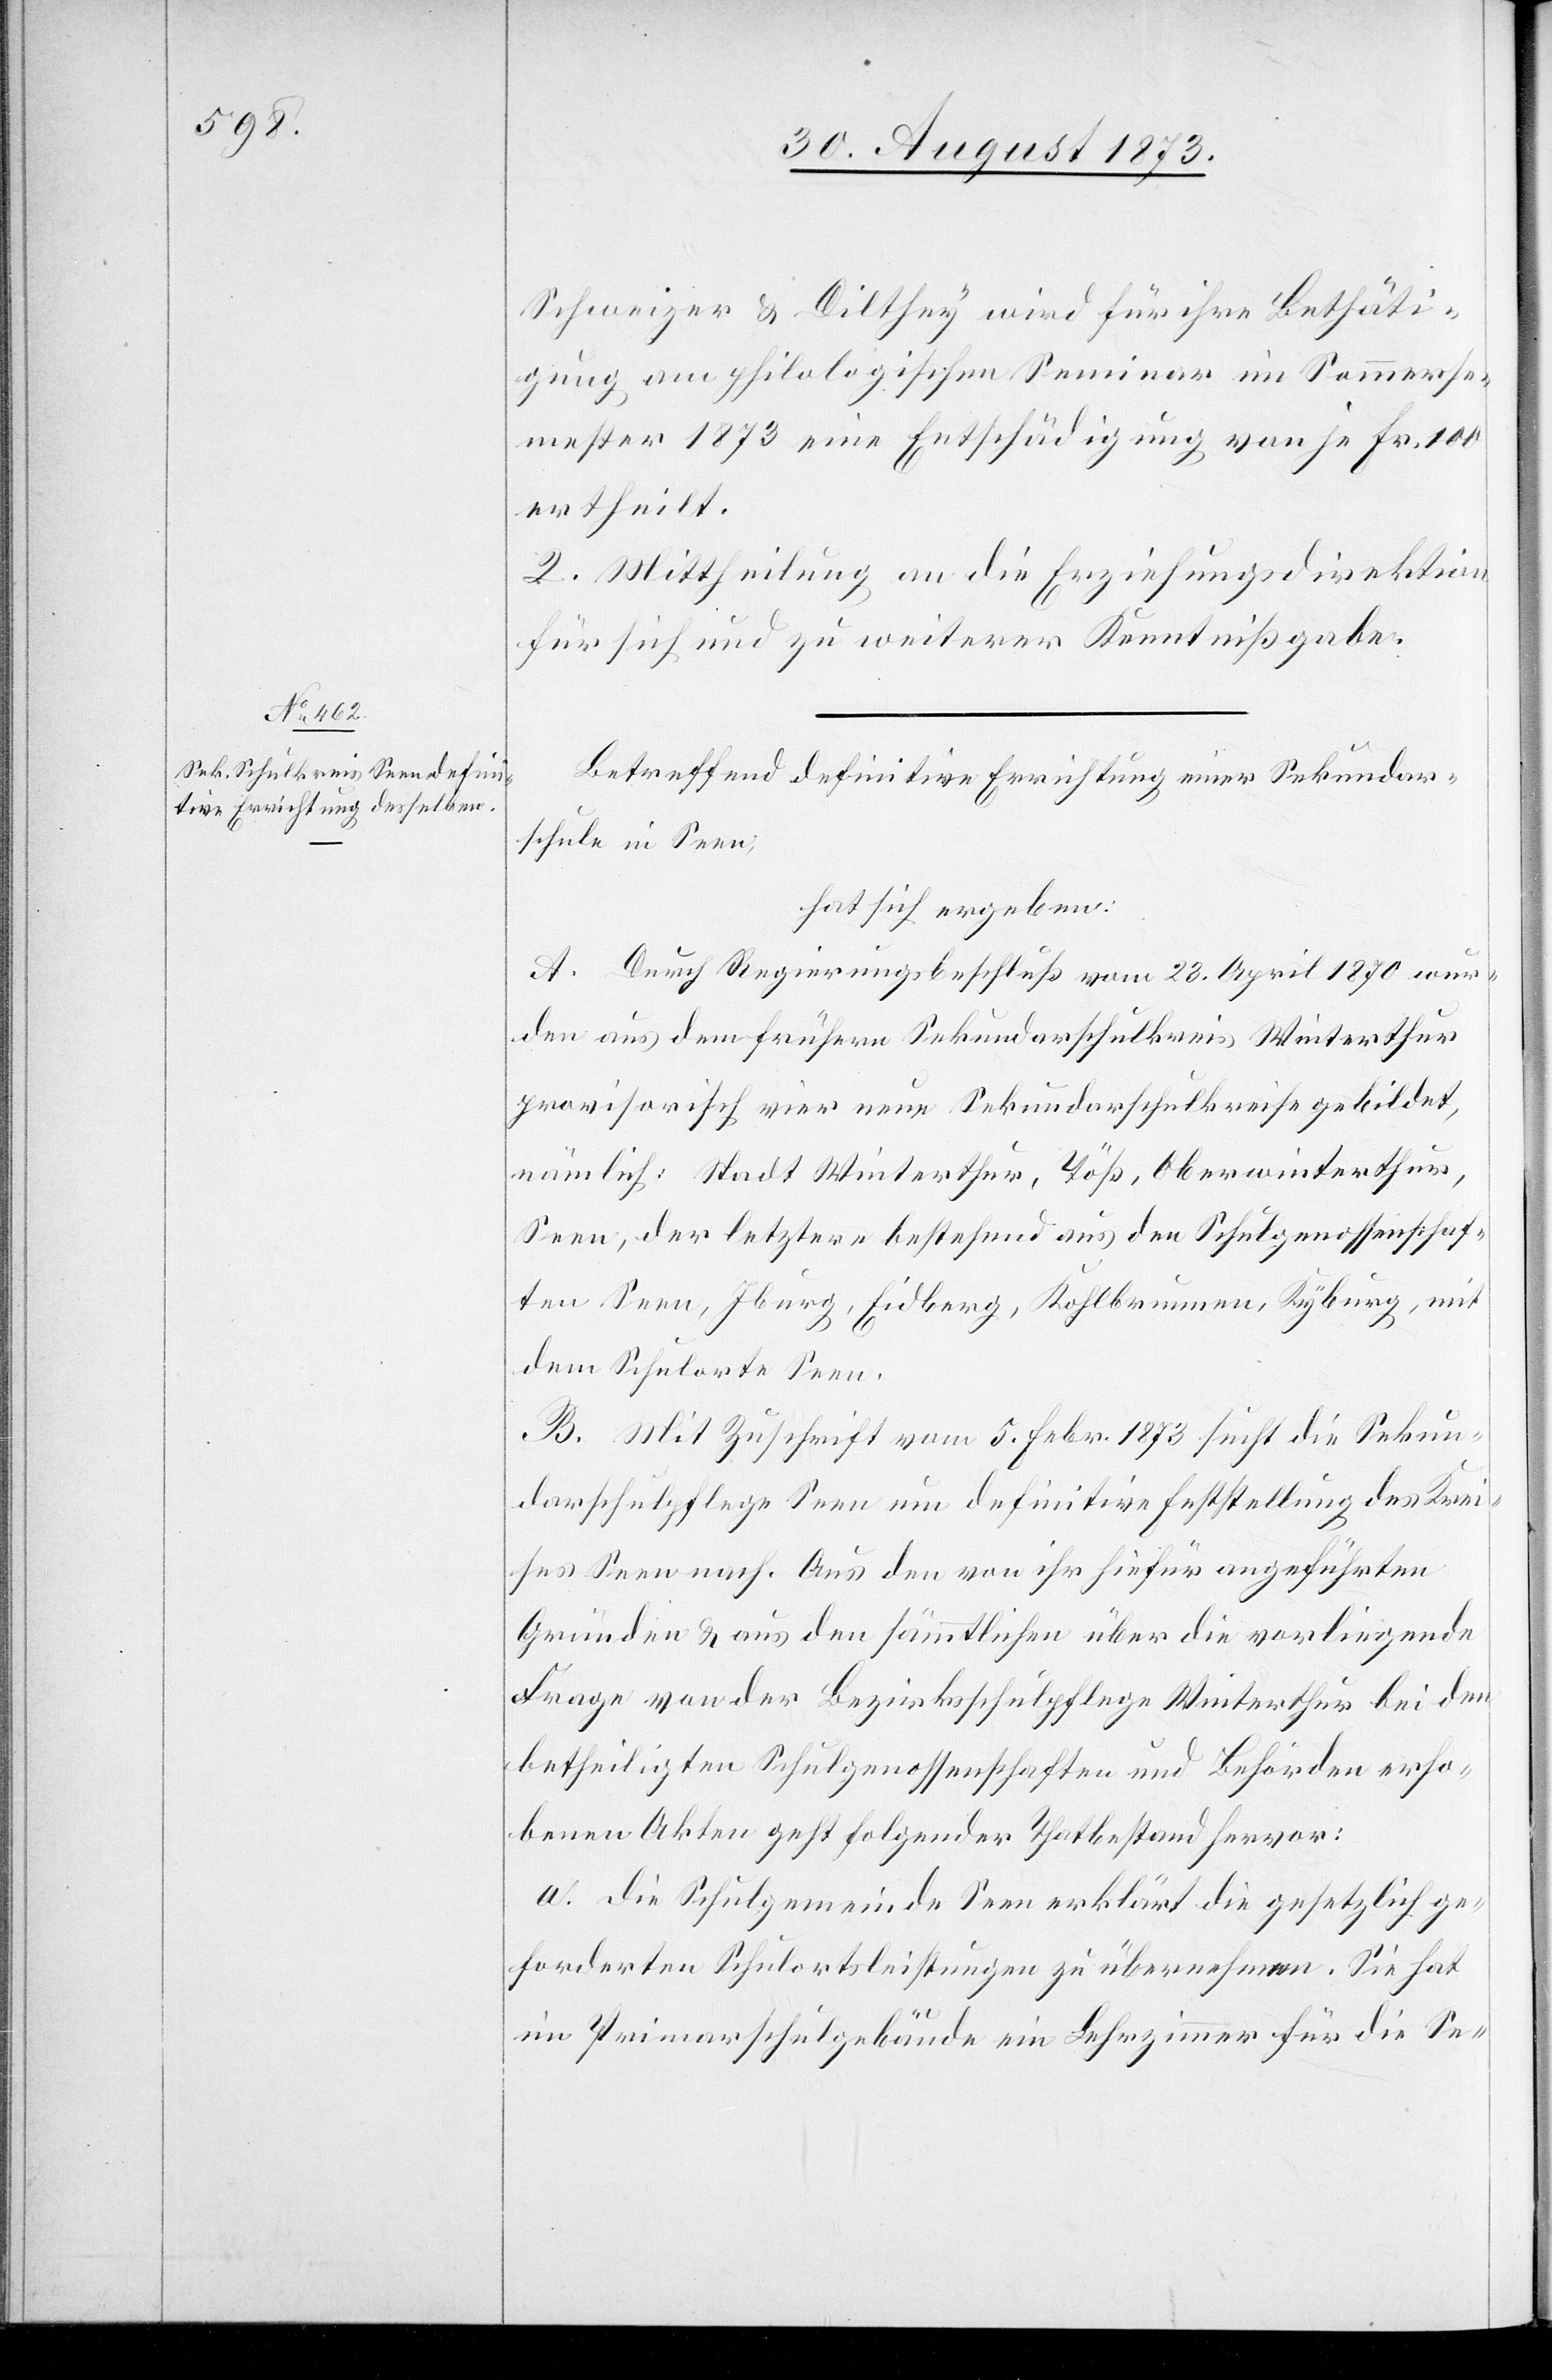
Schweizer & Dilthey wird für ihre Bethäti¬
gung am philologischen Seminar im Sommerse¬
mester 1873 eine Entschädigung von je Fr. 100
ertheilt.
II. Mittheilung an die Erziehungsdirektion
für sich und zu weiterer Kenntnißgabe.
Betreffend definitive Errichtung einer Sekundar¬
schule in Seen,
hat sich ergeben:
A. Durch Regierungsbeschluß vom 23. April 1870 wur¬
den aus dem frühern Sekundarschulkreis Winterthur
provisorisch vier neue Sekundarschulkreise gebildet,
nämlich: Stadt Winterthur, Töß, Oberwinterthur,
Seen, der letztere bestehend aus den Schulgenossenschaf¬
ten Seen, Iburg, Eidberg, Kohlbrunnen, Kyburg, mit
dem Schulorte Seen.
B. Mit Zuschrift vom 5. Febr. 1873 sucht die Sekun¬
darschulpflege Seen um definitive Feststellung des Krei¬
ses Seen nach. Aus den von ihr hiefür angeführten
Gründen & aus den sämmtlichen über die vorliegende
Frage von der Bezirksschulpflege Winterthur bei den
betheiligten Schulgenossenschaften und Behörden erho¬
benen Akten geht folgender Thatbestand hervor:
a. die Schulgemeinde Seen erklärt die gesetzlich ge¬
forderten Schulortsleistungen zu übernehmen. Sie hat
im Primarschulgebäude ein Lehrzimmer für die Se-